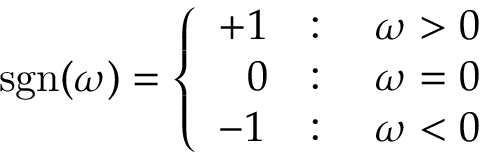
\operatorname { s g n } ( \omega ) = \left\{ \begin{array} { l l } { + 1 } & { : \quad \omega > 0 } \\ { \phantom { + } 0 } & { : \quad \omega = 0 } \\ { - 1 } & { : \quad \omega < 0 } \end{array} \right.